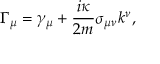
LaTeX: \Gamma _ { \mu } = \gamma _ { \mu } + \frac { i \kappa } { 2 m } \sigma _ { \mu \nu } k ^ { \nu } ,